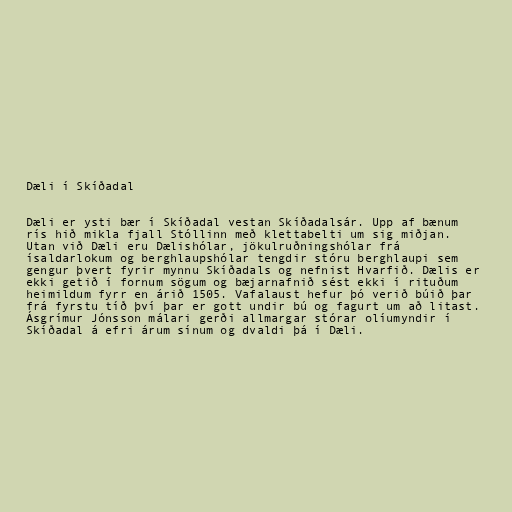
Dæli í Skíðadal

Dæli er ysti bær í Skíðadal vestan Skíðadalsár. Upp af bænum
rís hið mikla fjall Stóllinn með klettabelti um sig miðjan.
Utan við Dæli eru Dælishólar, jökulruðningshólar frá
ísaldarlokum og berghlaupshólar tengdir stóru berghlaupi sem
gengur þvert fyrir mynnu Skíðadals og nefnist Hvarfið. Dælis er
ekki getið í fornum sögum og bæjarnafnið sést ekki í rituðum
heimildum fyrr en árið 1505. Vafalaust hefur þó verið búið þar
frá fyrstu tíð því þar er gott undir bú og fagurt um að litast.
Ásgrímur Jónsson málari gerði allmargar stórar olíumyndir í
Skíðadal á efri árum sínum og dvaldi þá í Dæli.